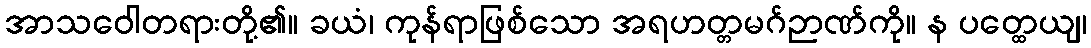
အာသဝေါတရားတို့၏။ ခယံ၊ ကုန်ရာဖြစ်သော အရဟတ္တမဂ်ဉာဏ်ကို။ န ပတ္ထေယျ၊